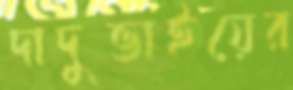
দাদুভাইয়ের